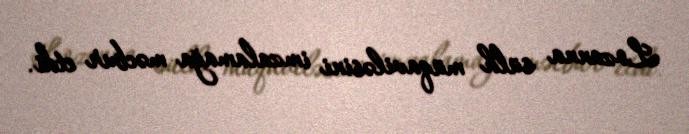
Lozanna sülh müqaviləsini imzalamağa məcbur etdi.